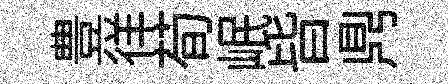
豊徉荀岷皆𪔂